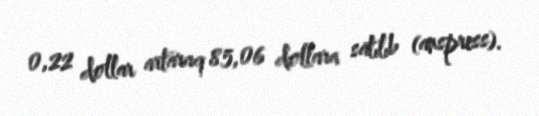
0,22 dollar artaraq 85,06 dollara satılıb (anspress).